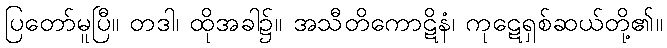
ပြတော်မူပြီ။ တဒါ၊ ထိုအခါ၌။ အသီတိကောဋိနံ၊ ကုဋေရှစ်ဆယ်တို့၏။